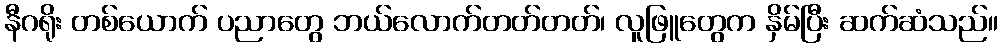
နီဂရိုး တစ်ယောက် ပညာတွေ ဘယ်လောက်တတ်တတ်၊ လူဖြူတွေက နှိမ်ပြီး ဆက်ဆံသည်။